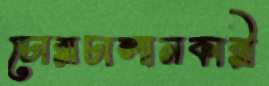
চোরাচালানকারী